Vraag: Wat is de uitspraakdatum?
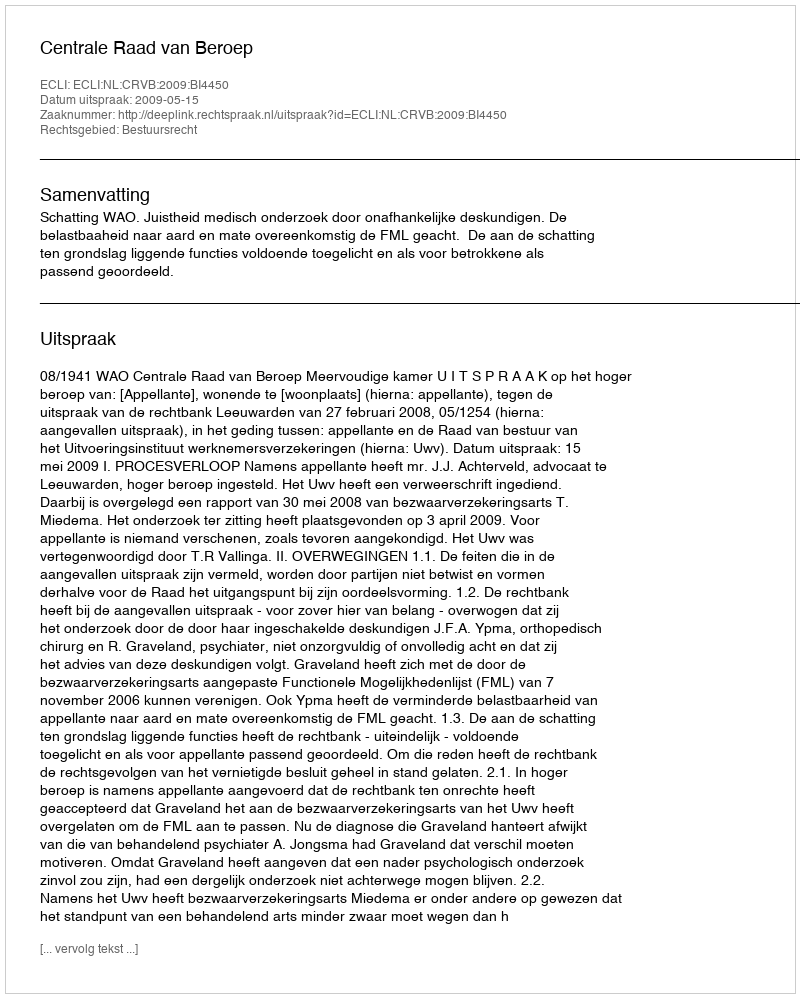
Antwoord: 2009-05-15